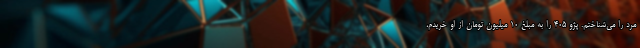
مرد را می‌شناختم. پژو ۴۰۵ را به مبلغ ۱۰ میلیون تومان از او خریدم،